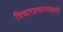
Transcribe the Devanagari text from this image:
विचारप्रचारासाठी